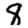
Digit: 8